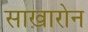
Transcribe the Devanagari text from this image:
साख़ारोन